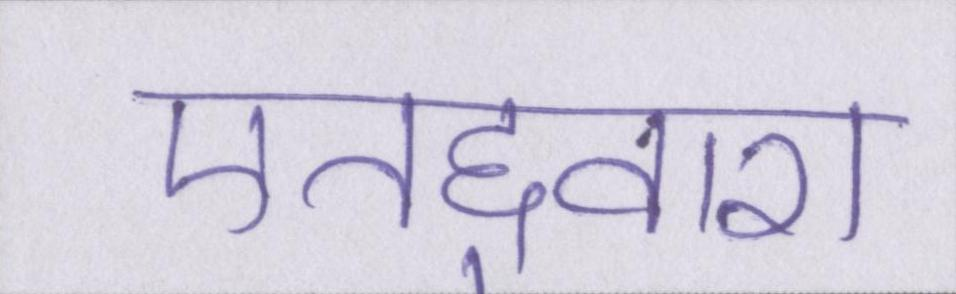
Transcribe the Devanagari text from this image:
एतद्द्वारा